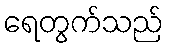
ရေတွက်သည်